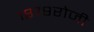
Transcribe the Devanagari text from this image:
१८७९रोजी